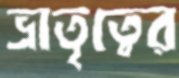
ভ্রাতৃত্বের